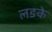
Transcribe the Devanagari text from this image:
लङके